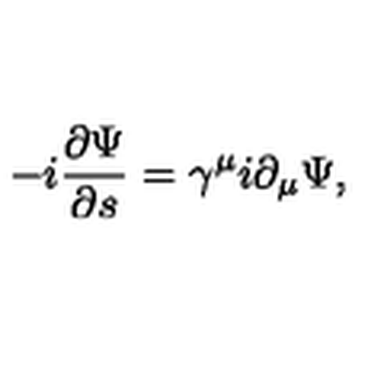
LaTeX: - i \frac { \partial \Psi } { \partial s } = \gamma ^ { \mu } i \partial _ { \mu } \Psi ,